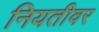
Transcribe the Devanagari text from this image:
नियतीवर